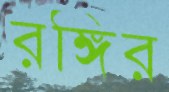
রঙ্গির